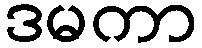
ဒမကာ